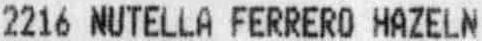
2216 NUTELLA FERRERO HAZELN